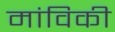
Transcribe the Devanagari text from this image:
मांविकी